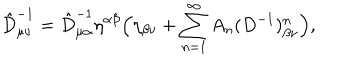
LaTeX: \hat { D } _ { \mu \nu } ^ { - 1 } = \hat { D } _ { \mu \alpha } ^ { - 1 } \eta ^ { \alpha \beta } \Bigl ( \eta _ { \beta \nu } + \sum _ { n = 1 } ^ { \infty } A _ { n } ( D ^ { - 1 } ) _ { \beta \nu } ^ { n } \Bigr ) ,